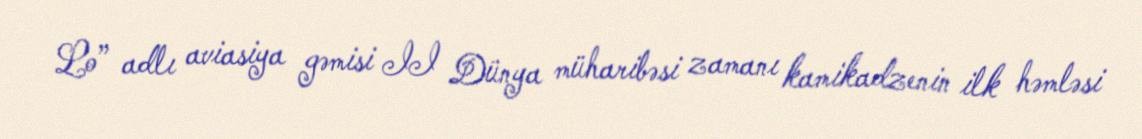
Lo” adlı aviasiya gəmisi II Dünya müharibəsi zamanı kamikadzenin ilk həmləsi